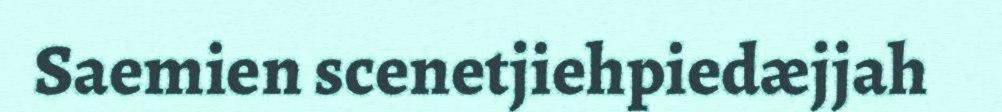
Saemien scenetjiehpiedæjjah